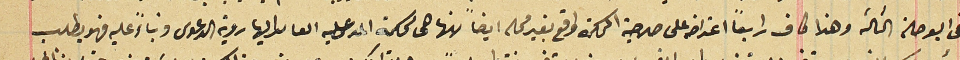
فى البوصلة الثالثة وهذا كاف رابعاً اعتراضه على صلاحية المحكمة واقع بغير محله ايضاً لانها هى محكمة المدعى عليه العاىد اليها روية الدعوى وبناءً عليه فهو يطلب